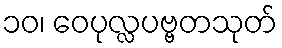
၁၀၊ ဝေပုလ္လပဗ္ဗတသုတ်